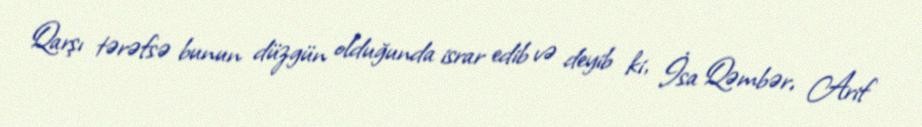
Qarşı tərəfsə bunun düzgün olduğunda israr edib və deyib ki, İsa Qəmbər, Arif